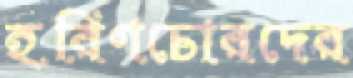
হরিণচোরদের